Leaving Certificate Examination, 1906
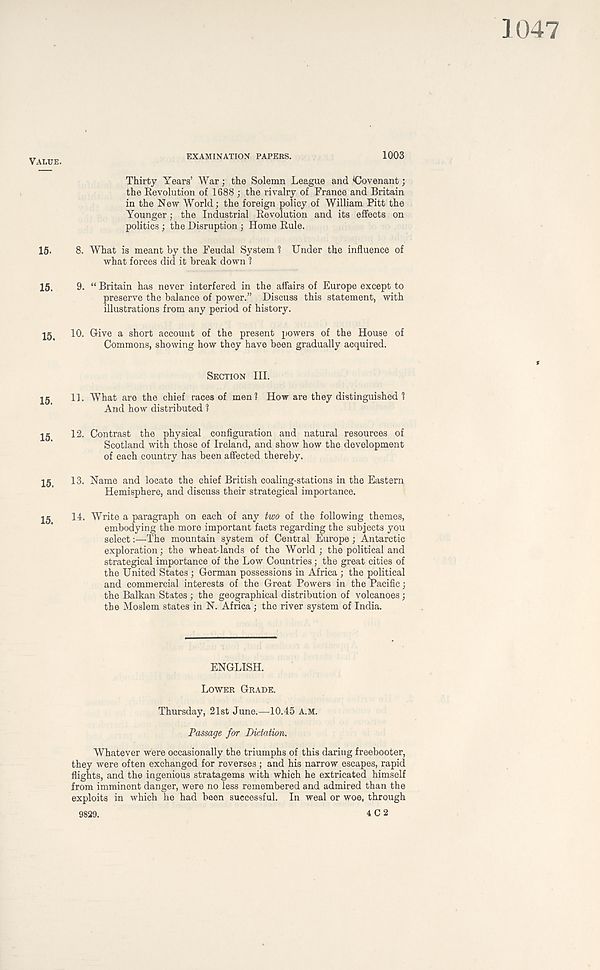
VALUE.
15-
15.
15.
15.
15.
15.
15.
EXAMINATION PAPERS.
1003
Thirty Years’ War; the Solemn League and ^Covenant;
the Revolution of 1688 ; the rivalry of France and Britain
in the New World; the foreign policy of William Pitt the
Younger; the Industrial Revolution and its effects on
politics ; the Disruption ; Home Rule.
8. What is meant by the Feudal System 1 Under the influence of
what forces did it break down 1
9. “ Britain has never interfered in the affairs of Europe except to
preserve the balance of power.” Discuss this statement, with
illustrations from any period of history.
10. Give a short account of the present powers of the House of
Commons, showing how they have been gradually acquired.
SECTION III.
11. What are the chief races of men? How are they distinguished ?
And how distributed ?
12. Contrast the physical configuration and natural resources of
Scotland with those of Ireland, and show how the development
of each country has been affected thereby.
13. Name and locate the chief British coaling-stations in the Eastern
Hemisphere, and discuss their strategical importance.
14. Write a paragraph on each of any two of the following themes,
embodying the more important facts regarding the subjects you
select:—The mountain system of Central Europe; Antarctic
exploration; the wheat-lands of the World; the political and
strategical importance of the Low Countries; the great cities of
the United States ; German possessions in Africa ; the political
and commercial interests of the Great Powers in the Pacific ;
the Balkan States ; the geographical distribution of volcanoes;
the Moslem states in N. Africa ; the river system of India.
ENGLISH.
LOWER GRADE.
Thursday, 21st June.—10.45 A.M.
Passage for Dictation.
Whatever were occasionally the triumphs of this daring freebooter,
they were often exchanged for reverses ; and his narrow escapes, rapid
flights, and the ingenious stratagems with which he extricated himself
from imminent danger, were no less remembered and admired than the
exploits in which he had been successful. In weal or woe, through
9829.
4 C 2